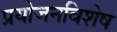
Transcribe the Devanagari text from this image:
प्रयोजनविशेष